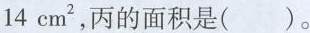
14cm^{2}，丙的面积是( )。